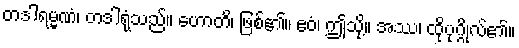
တဒါရမ္မဏံ၊ တဒါရုံသည်။ ဟောတိ၊ ဖြစ်၏။ ဧဝံ၊ ဤသို့။ အဿ၊ ထိုပုဂ္ဂိုလ်၏။